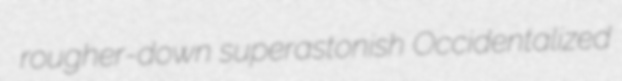
rougher-down superastonish Occidentalized